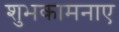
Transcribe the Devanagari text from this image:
शुभकामनाए